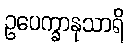
ဥပေက္ခာနုသာရိ